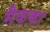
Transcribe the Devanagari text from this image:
मैकका